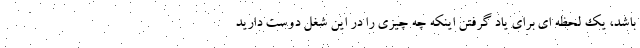
باشد، یک لحظه ای برای یاد گرفتن اینکه چه چیزی را در این شغل دوست دارید